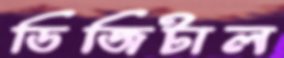
ডিজিটাল